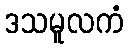
ဒသမူလကံ